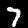
Digit: 7